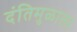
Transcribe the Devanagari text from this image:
दंतिमुळाला